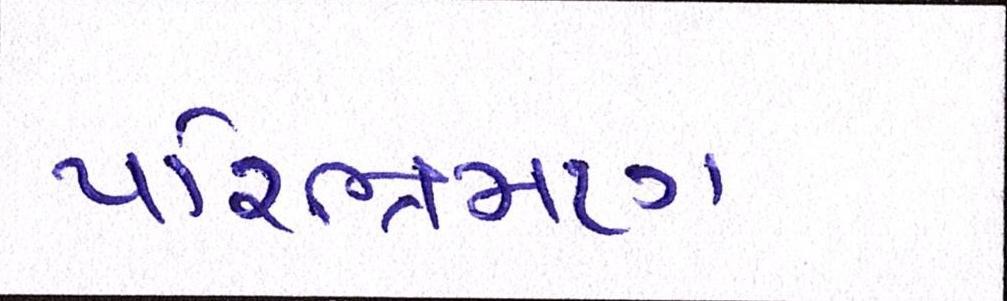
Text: પરિભ્રમણ